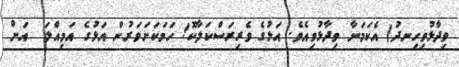
ވިދާޅުވިހިނދު) އެކަމަނާ ވިދާޅުވިއެވެ. އަޅުގެ ވެރިރަސްކަލާކޮ! ހަމަކަށަވަރުން އަޅުގެ އަމިއްލަ  އަށް